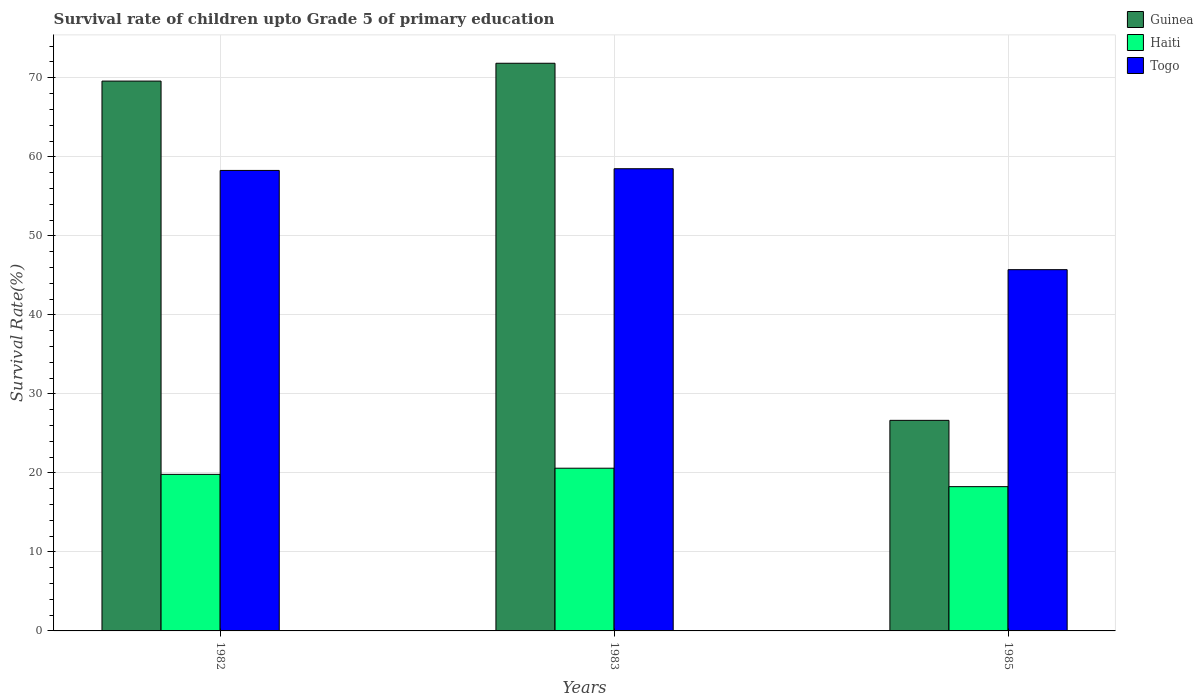
| Years | Guinea | Haiti | Togo |
 | --- | --- | --- | --- |
 | 1982 | 69.6 | 19.8 | 58.3 |
 | 1983 | 71.8 | 20.6 | 58.5 |
 | 1985 | 26.6 | 18.3 | 45.7 |